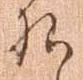
様